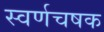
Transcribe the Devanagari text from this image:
स्वर्णचषक